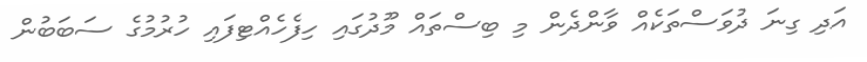
އަދި ގިނަ ދުވަސްތަކެއް ވާންދެން މި ބިސްތައް މޫދުގައި ހިފެހެއްޓިފައި ހުރުމުގެ ސަބަބުން